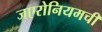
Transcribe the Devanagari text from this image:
जएरोनियमची